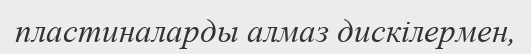
пластиналарды алмаз дискілермен,